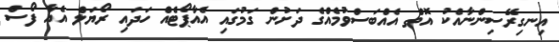
އިނގިރޭސިންނާއެކު އޮތް އެއްބަސްވުމެއްގެ ދަށުން ގަމުގައި އެއާޕޯޓެއް ހަދައި ރޯޔަލް އެއާ ފޯސް